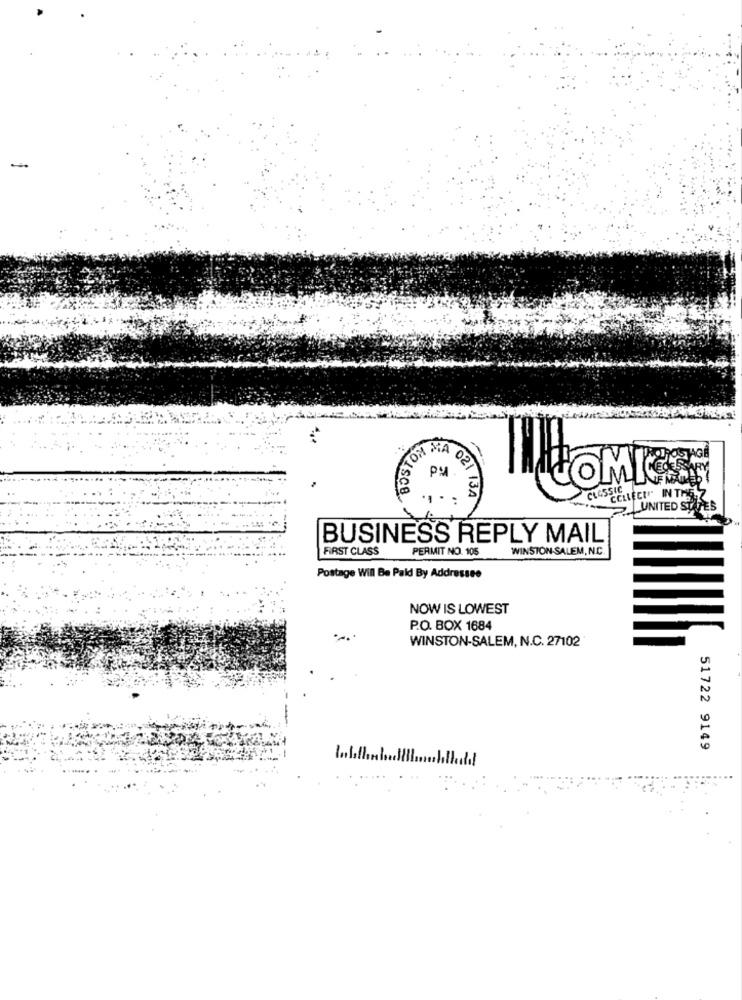
KOLSCH
021 134
UNITED ST
BUSINESS REPLY MAIL
FIRST CLASS
PERMIT NO. 105
WINSTON-SALEM, N.C
Postage Will Be Paid By Addressee
NOW IS LOWEST
P.O. BOX 1684
WINSTON-SALEM, N.C. 27102
51722 9149